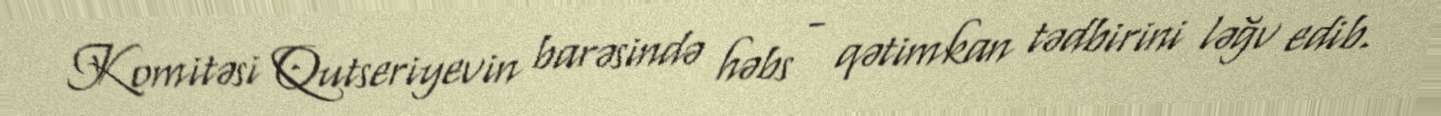
Komitəsi Qutseriyevin barəsində həbs - qətimkan tədbirini ləğv edib.